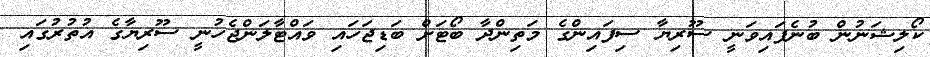
ކޯލިޝަނުން ބުނެފައިވަނީ ސޫރިޔާ ސިފައިންގެ މަތިންދާ ބޯޓަށް ބަޑިޖަހައި ވައްޓާލަންޖެހުނީ ސޫރިޔާގެ އުތުރުގައި